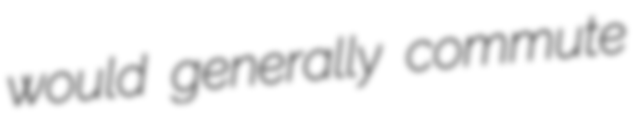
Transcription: would generally commute